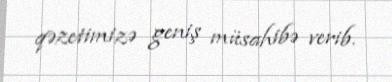
qəzetimizə geniş müsahibə verib.